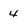
Character: 4